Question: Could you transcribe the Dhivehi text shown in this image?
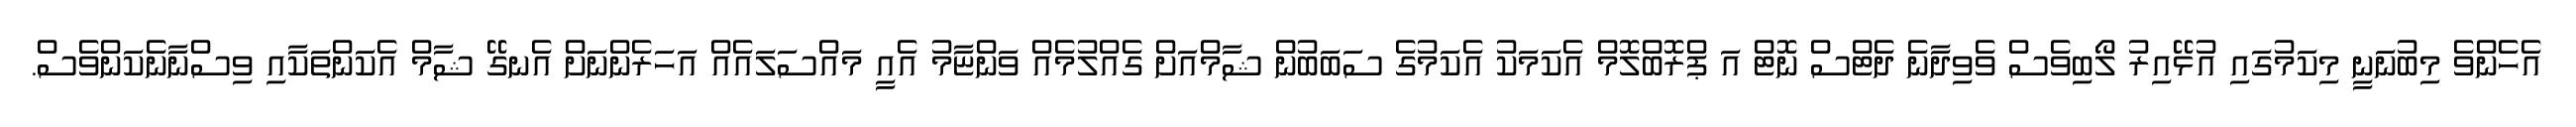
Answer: އެހެންވެ މިބުނަނީ މިކަމުގައި އުޅޭއިރު ލޯބިވެސް ވެވިދާނެ ދެޓްސް ނޮޓް އަ ޕްރޮބްލޮމް އެކަމަކު އެކަމުގެ ސަބަބުން ޝާމްއަށް ގެއްލުމެއް ވަންޏާމު އެއީ މައްސަލައެއް އަހަރެންނަށް އެނގޭ ޝާމް އެކަންތަކާއި ވިސްނާނެކަންވެސް.